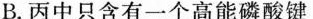
B.丙中只含有一个高能磷酸键